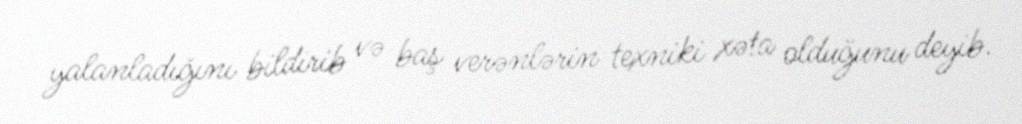
yalanladığını bildirib və baş verənlərin texniki xəta olduğunu deyib.